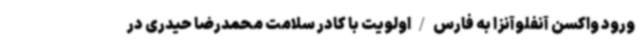
ورود واکسن آنفلوآنزا به فارس/اولویت با کادر سلامت محمدرضا حیدری در